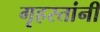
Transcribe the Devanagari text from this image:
गृहस्तांनी